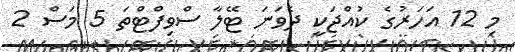
މި 12 އަހަރުގެ ކުއްޖަކީ ދެވަނަ ޓޭލާ ސްވިފްޓްތަ 5 މަސް 2